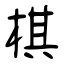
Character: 棋